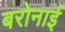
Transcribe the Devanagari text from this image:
बरोनाई